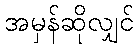
အမှန်ဆိုလျှင်